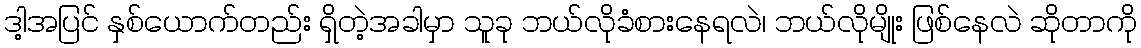
ဒါ့အပြင် နှစ်ယောက်တည်း ရှိတဲ့အခါမှာ သူခု ဘယ်လိုခံစားနေရလဲ၊ ဘယ်လိုမျိုး ဖြစ်နေလဲ ဆိုတာကို